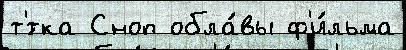
т'́тка Сноп обла́вы ф'и́льма